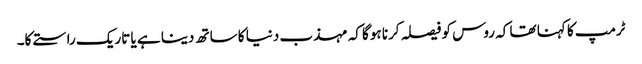
ٹرمپ کا کہنا تھا کہ روس کو فیصلہ کرنا ہوگا کہ مہذب دنیا کا ساتھ دینا ہے یا تاریک راستے کا۔